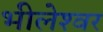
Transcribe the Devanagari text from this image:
भीलेश्‍वर